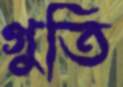
গুতি